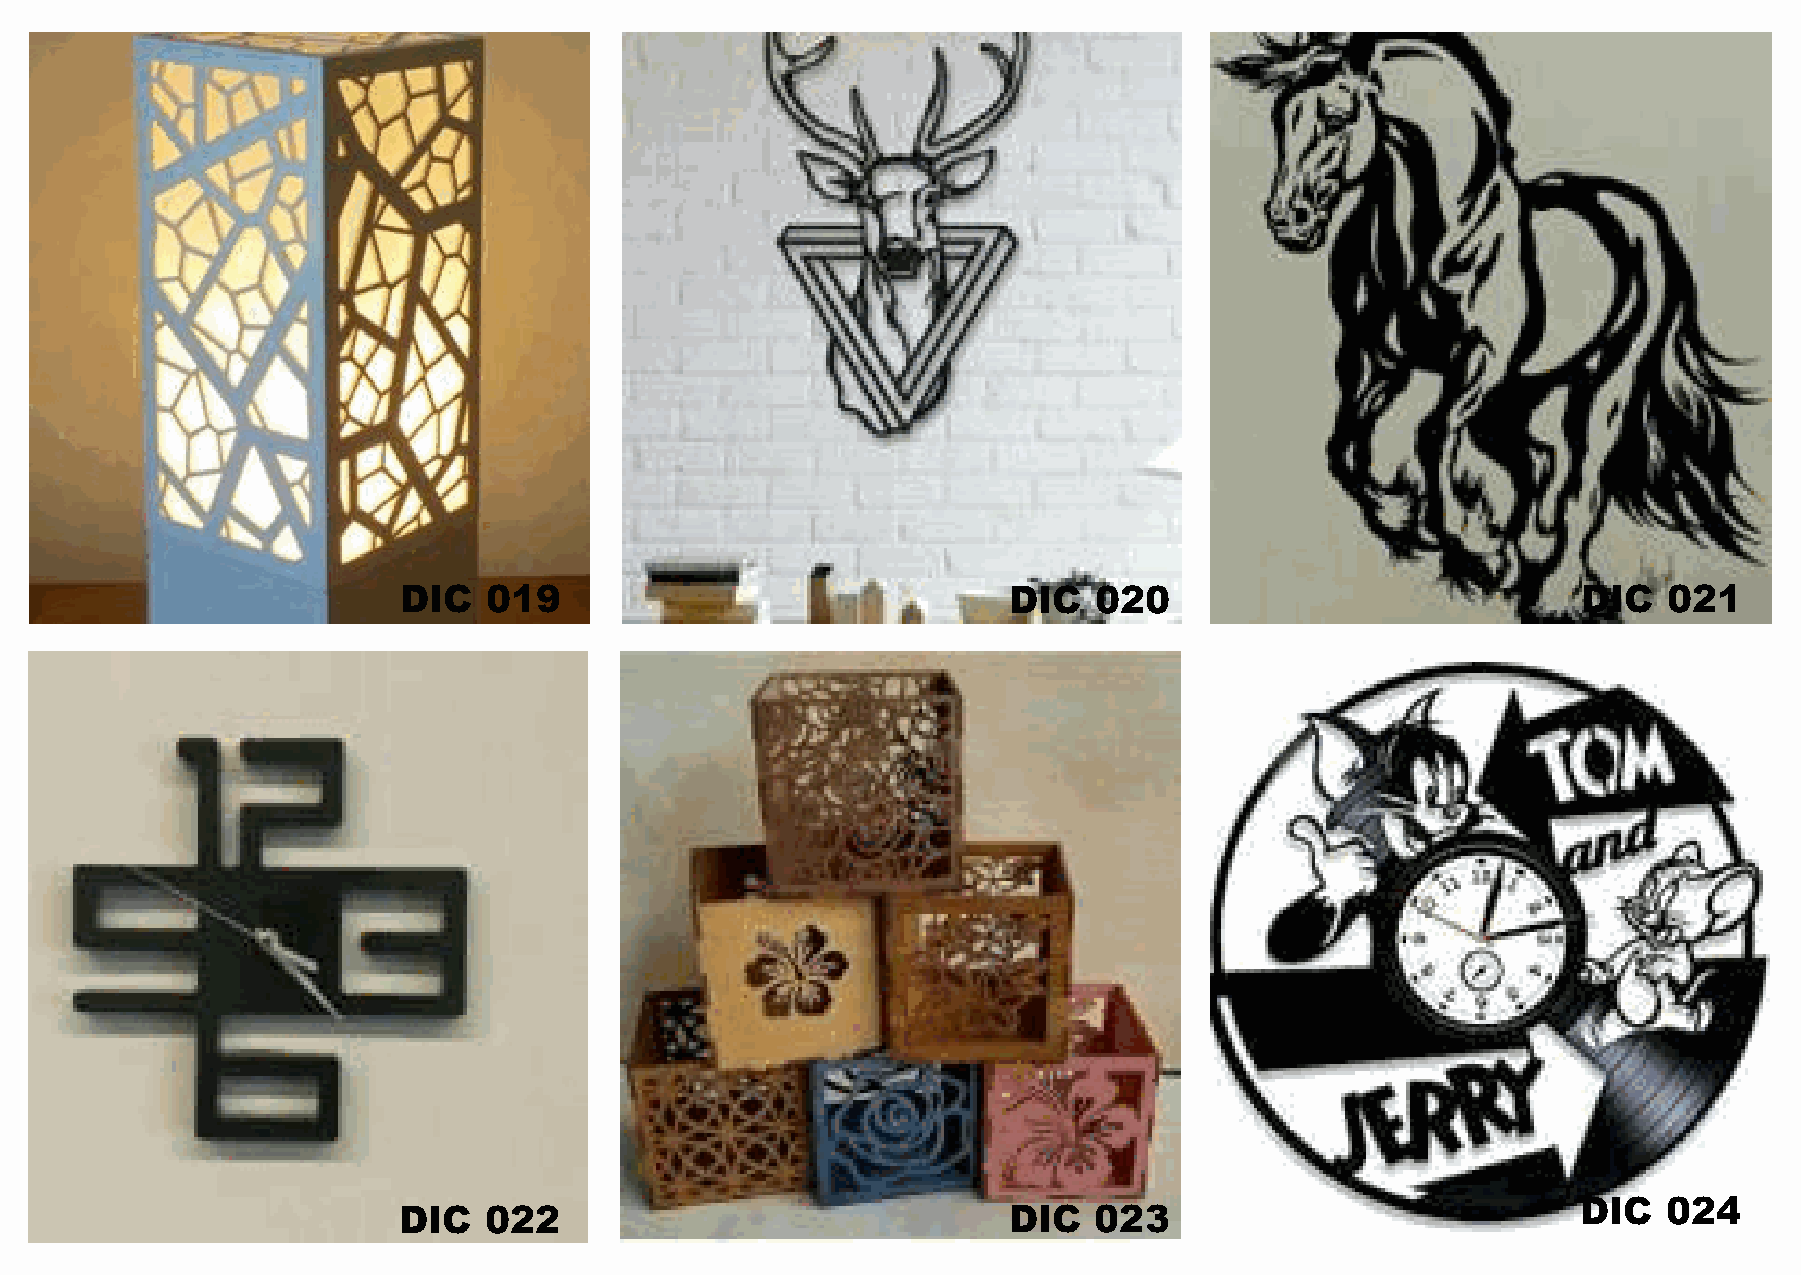
DIC   019                                DIC  020                              DIC  021
 DIC  024
 DIC   022                                DIC  023